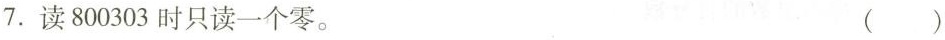
7.读800303时只读一个零。 ()